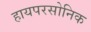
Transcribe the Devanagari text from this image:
हायपरसोनिक